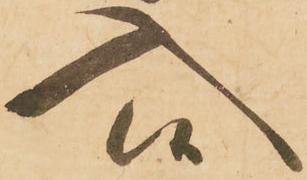
入